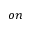
o n